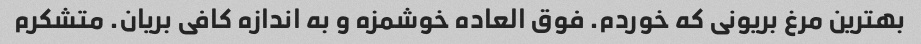
بهترین مرغ بریونی که خوردم. فوق العاده خوشمزه و به اندازه کافی بریان. متشکرم